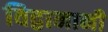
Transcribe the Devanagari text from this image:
विद्वानानी